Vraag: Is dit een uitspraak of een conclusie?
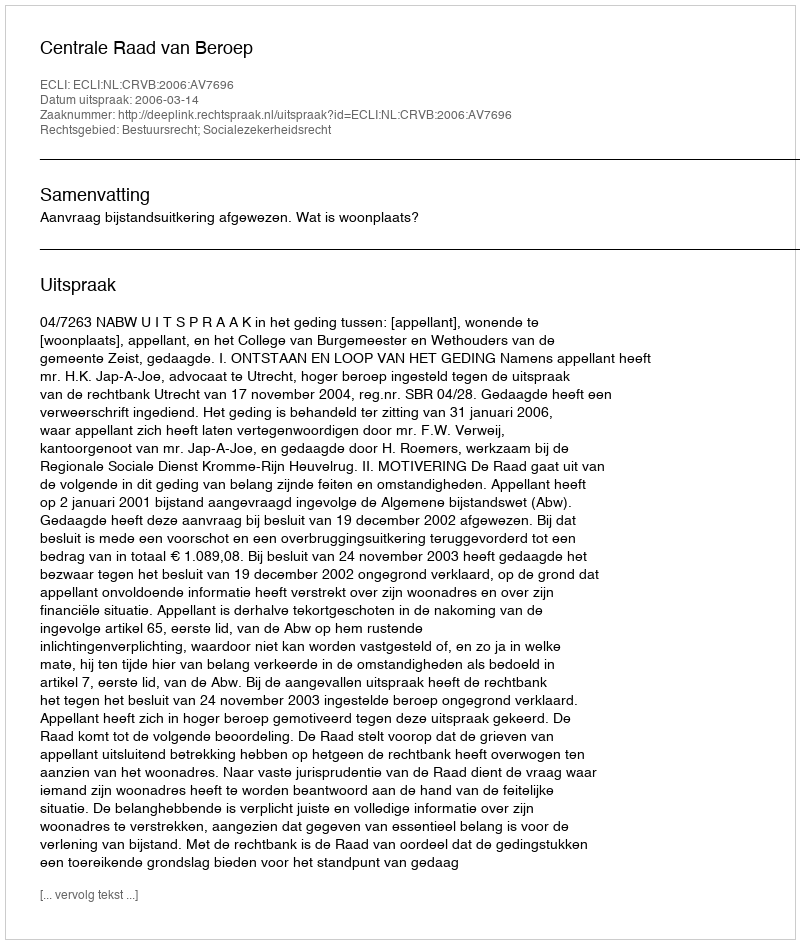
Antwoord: Uitspraak